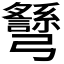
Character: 𢑉